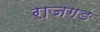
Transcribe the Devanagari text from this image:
राजगङ